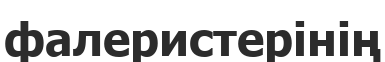
фалеристерінің